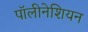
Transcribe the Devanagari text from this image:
पॉलीनेशियन